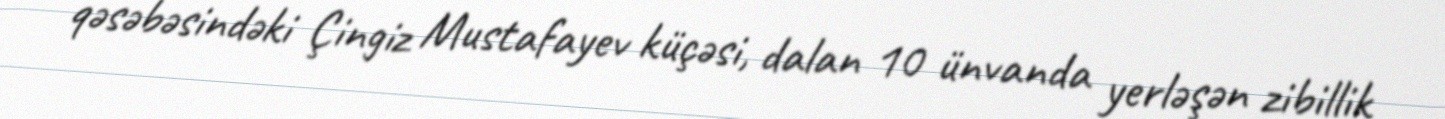
qəsəbəsindəki Çingiz Mustafayev küçəsi, dalan 10 ünvanda yerləşən zibillik